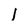
Character: I